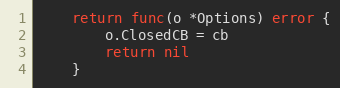
Language: Go
	return func(o *Options) error {
		o.ClosedCB = cb
		return nil
	}